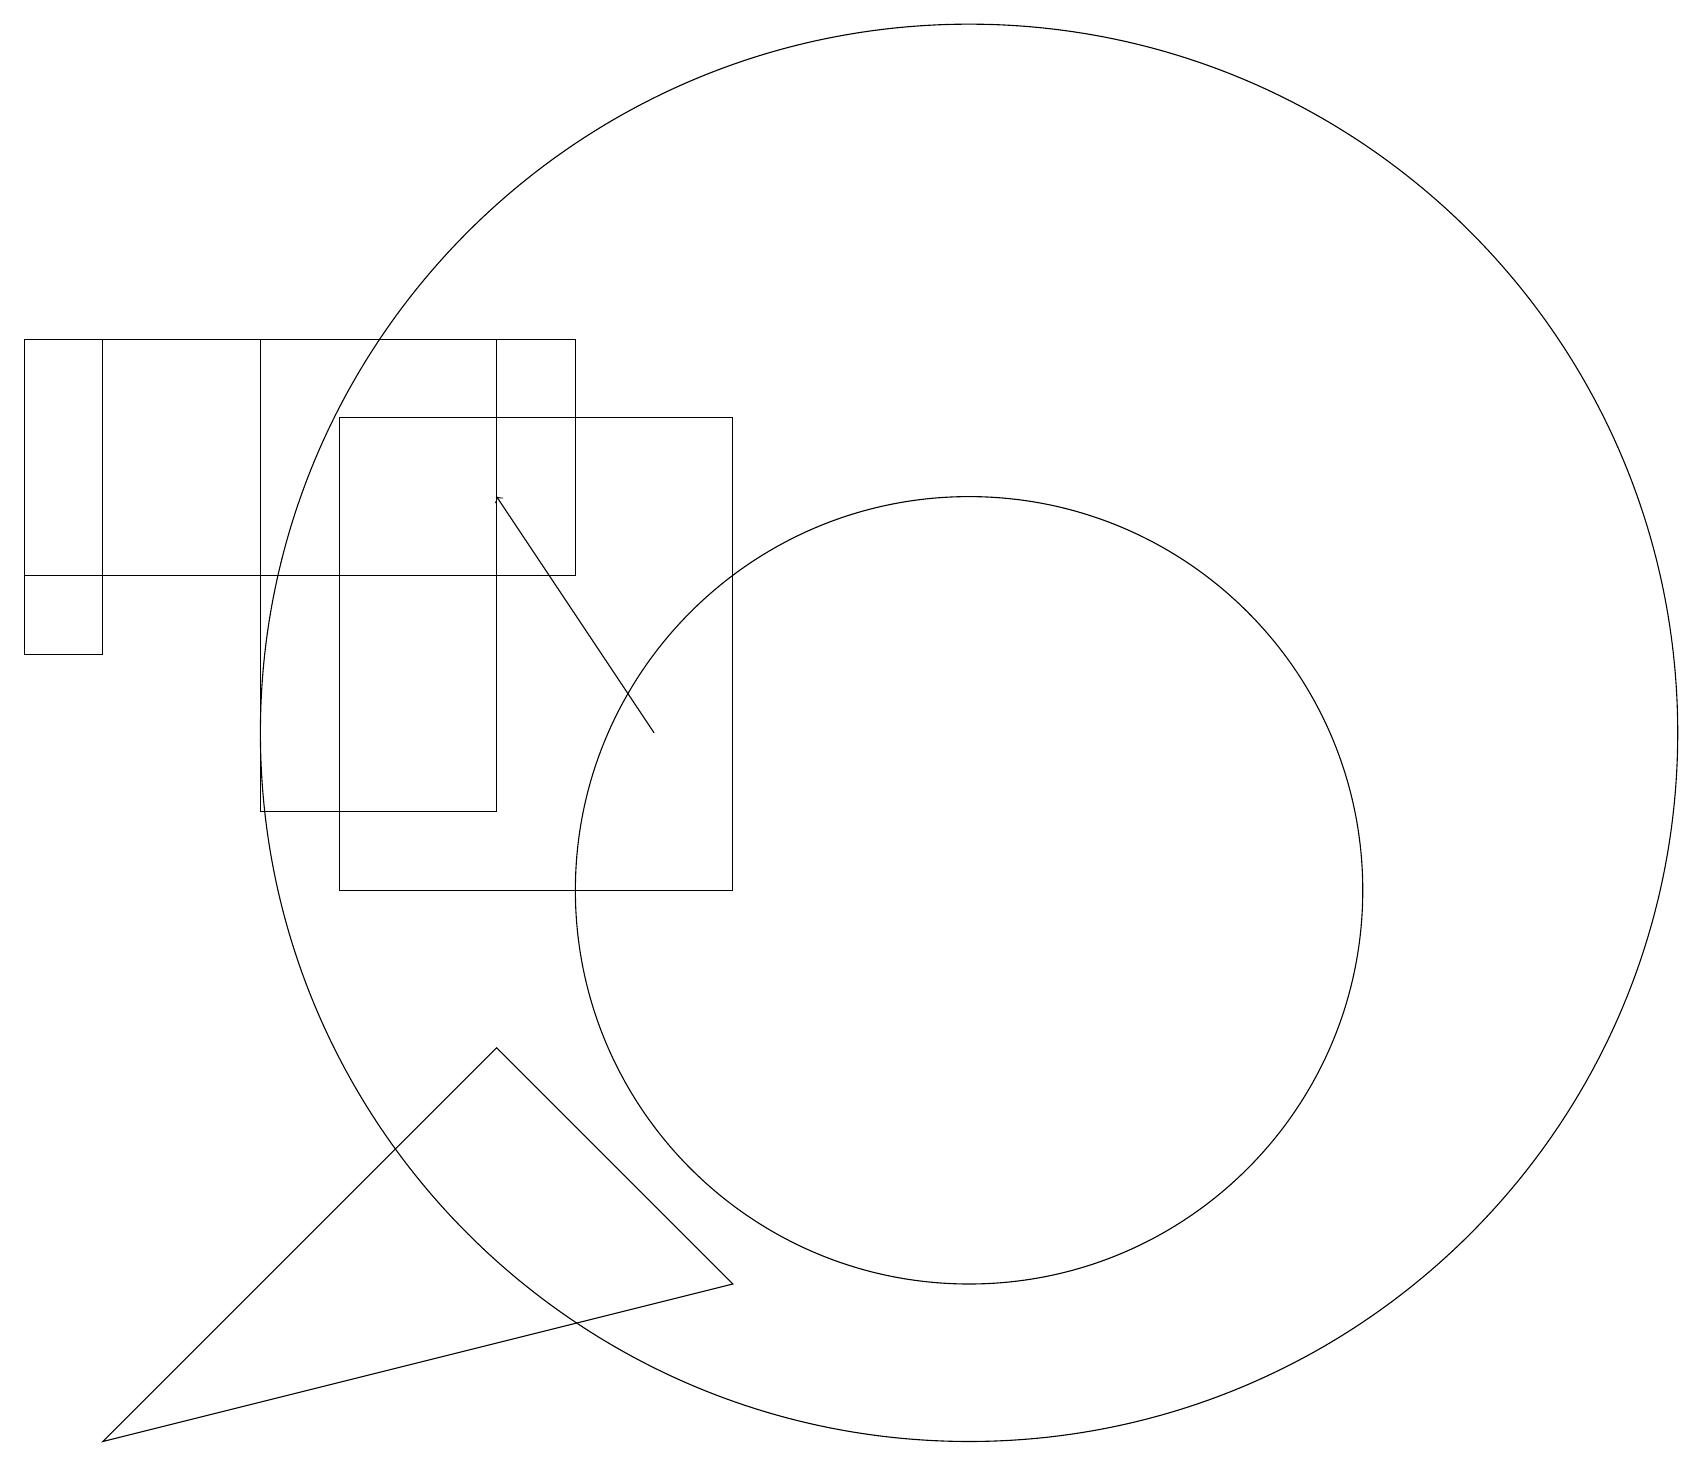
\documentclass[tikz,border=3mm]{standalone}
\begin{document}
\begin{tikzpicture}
\draw (7,17) rectangle (0,14);
\draw (1,3) -- (9,5) -- (6,8) -- cycle;
\draw (12,12) circle (9);
\draw (1,17) rectangle (0,13);
\draw[->] (8,12) -- (6,15);
\draw (12,10) circle (5);
\draw (4,10) rectangle (9,16);
\draw (6,17) rectangle (3,11);
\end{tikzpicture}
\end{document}